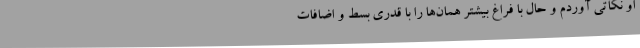
او نکاتی آوردم و حال با فراغ بیشتر همان‌ها را با قدری بسط و اضافات